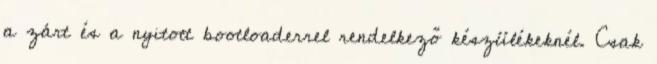
a zárt és a nyitott bootloaderrel rendelkező készülékeknél. Csak